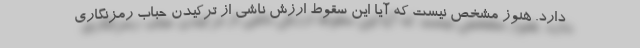
دارد. هنوز مشخص نیست که آیا این سقوط ارزش ناشی از ترکیدن حباب رمزنگاری